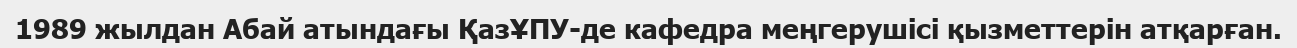
1989 жылдан Абай атындағы ҚазҰПУ-де кафедра меңгерушісі қызметтерін атқарған.